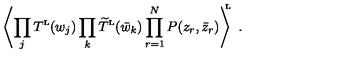
\left\langle \prod _ { j } T ^ { \mathrm { \scriptscriptstyle L } } ( w _ { j } ) \prod _ { k } \widetilde T ^ { \mathrm { \scriptscriptstyle L } } ( \bar { w } _ { k } ) \prod _ { r = 1 } ^ { N } P ( z _ { r } , \bar { z } _ { r } ) \right\rangle ^ { \! \! \! \mathrm { \scriptscriptstyle L } } \ .